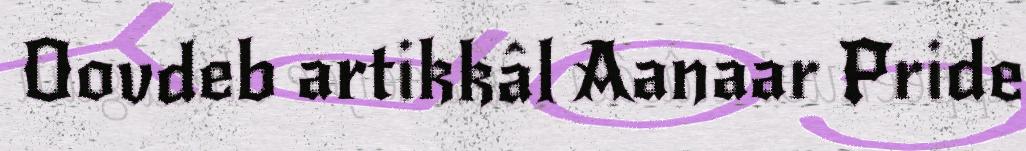
Oovdeb artikkâl Aanaar Pride